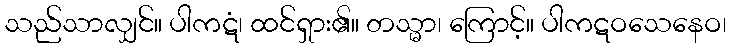
သည်သာလျှင်။ ပါကဋံ၊ ထင်ရှား၏။ တသ္မာ၊ ကြောင့်။ ပါကဋဝသေနေဝ၊